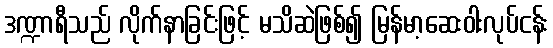
ဒဏ္ဍာရီသည် လိုက်နာခြင်းဖြင့် မသိဆဲဖြစ်၍ မြန်မာ့ဆေးဝါးလုပ်ငန်း